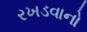
રખડવાનો